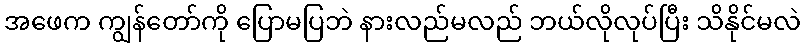
အဖေက ကျွန်တော်ကို ပြောမပြဘဲ နားလည်မလည် ဘယ်လိုလုပ်ပြီး သိနိုင်မလဲ